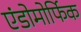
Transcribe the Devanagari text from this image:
एंडोमोर्फिक